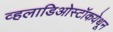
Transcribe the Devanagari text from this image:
व्हलाडिओस्टॉकयेथून